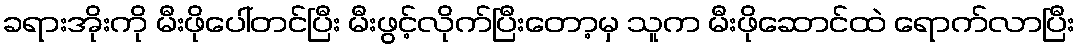
ခရားအိုးကို မီးဖိုပေါ်တင်ပြီး မီးဖွင့်လိုက်ပြီးတော့မှ သူက မီးဖိုဆောင်ထဲ ရောက်လာပြီး